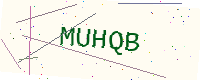
Text: MUHQB